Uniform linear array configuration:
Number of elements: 32
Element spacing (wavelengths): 0.75
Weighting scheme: kaiser
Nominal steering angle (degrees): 45
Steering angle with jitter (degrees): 43.681
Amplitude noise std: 0.05
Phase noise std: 0.05

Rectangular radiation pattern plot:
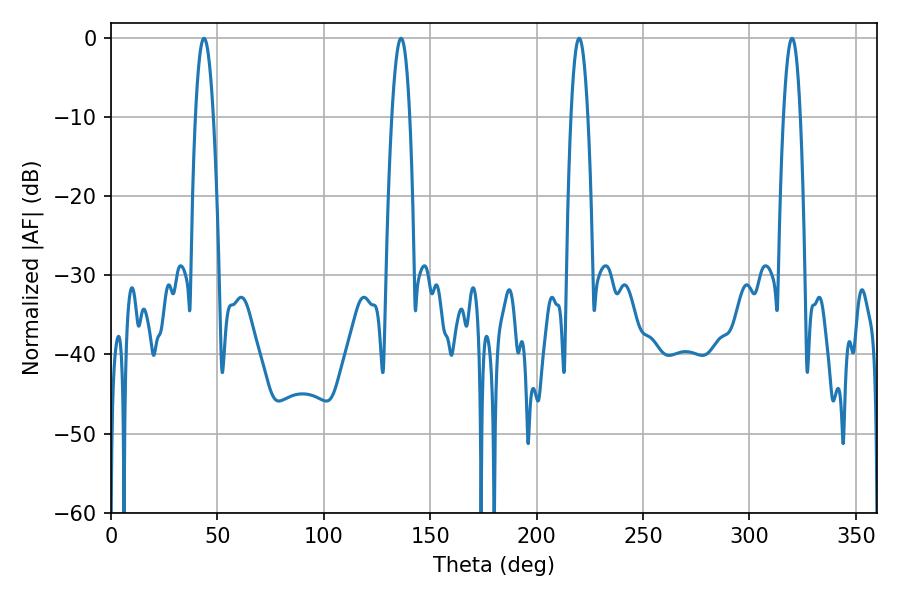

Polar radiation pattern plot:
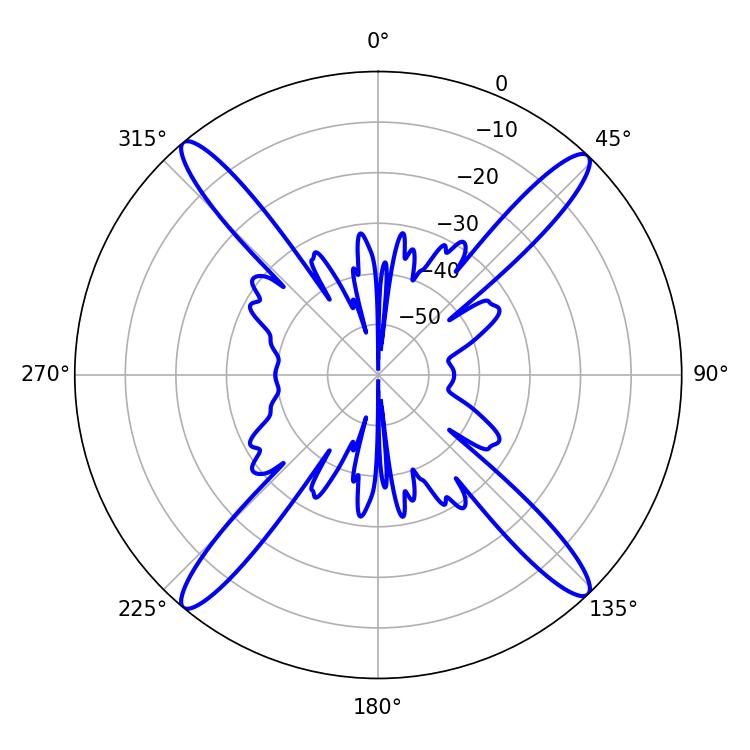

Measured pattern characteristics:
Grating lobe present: TRUE
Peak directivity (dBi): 21.31
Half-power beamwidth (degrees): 4.32
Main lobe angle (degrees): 320.04